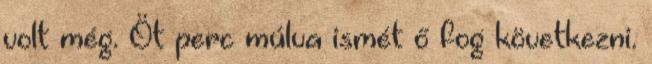
volt még. Öt perc múlva ismét ő fog következni.